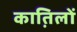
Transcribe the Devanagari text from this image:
कात़िलों